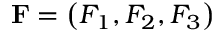
\mathbf { F } = \left( F _ { 1 } , F _ { 2 } , F _ { 3 } \right)